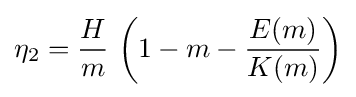
\eta _{2}={\frac {H}{m}}\,\left(1-m-{\frac {E(m)}{K(m)}}\right)